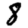
Digit: 8